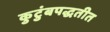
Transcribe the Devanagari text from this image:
कुटुंबपद्धतीत